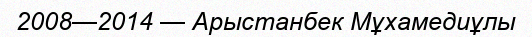
2008—2014 — Арыстанбек Мұхамедиұлы